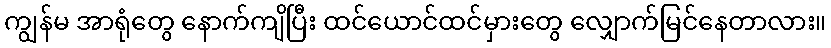
ကျွန်မ အာရုံတွေ နောက်ကျိပြီး ထင်ယောင်ထင်မှားတွေ လျှောက်မြင်နေတာလား။